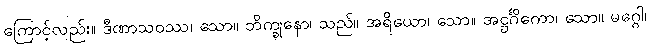
ကြောင့်လည်း။ ဒီဏာသဝဿ၊ သော။ ဘိက္ခုနော၊ သည်။ အရိယော၊ သော။ အဋ္ဌင်္ဂိကော၊ သော။ မဂ္ဂေါ၊